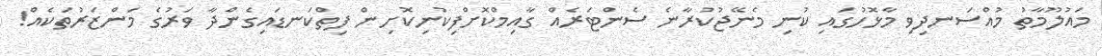
މައުލޫމާތު މުއްސަނދިވި މާޅޮހުގައި ކުނި މެނޭޖުކުރާނެ ސެންޓަރެއް ގާއިމްކޮށްފިކުނިކޮށިން ފިތްކަނޑައިގެންދާ ވަރުގެ މަންޒަރުތަކެއް!